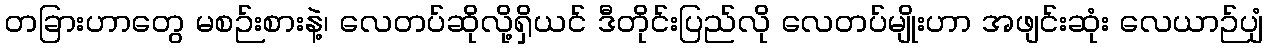
တခြားဟာတွေ မစဉ်းစားနဲ့၊ လေတပ်ဆိုလို့ရှိယင် ဒီတိုင်းပြည်လို လေတပ်မျိုးဟာ အဖျင်းဆုံး လေယာဉ်ပျံ